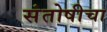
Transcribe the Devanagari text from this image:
संतोषीचा